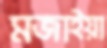
মজাইয়া